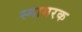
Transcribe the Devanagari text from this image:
स्मामरक